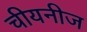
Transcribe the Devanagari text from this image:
चीयनीज